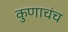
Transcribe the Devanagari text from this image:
कुणाचंच